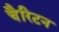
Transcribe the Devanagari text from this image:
चैरिटन